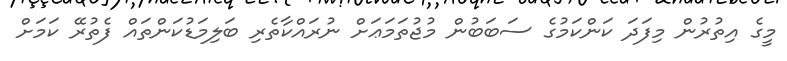
މީގެ އިތުރުން މިފަދަ ކަންކަމުގެ ސަބަބުން މުޖުތަމަޢަށް ނުރައްކާތެރި ބަލިމަޑުކަންތައް ފެތުރޭ ކަމަށް